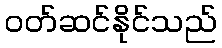
ဝတ်ဆင်နိုင်သည်